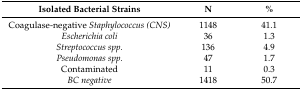
<table><thead><tr><td><b>Isolated Bacterial Strains</b></td><td><b>N</b></td><td><b>%</b></td></tr></thead><tbody><tr><td>Coagulase-negative <i>Staphylococcus (CNS)</i></td><td>1148</td><td>41.1</td></tr><tr><td><i>Escherichia coli</i></td><td>36</td><td>1.3</td></tr><tr><td><i>Streptococcus spp.</i></td><td>136</td><td>4.9</td></tr><tr><td><i>Pseudomonas spp.</i></td><td>47</td><td>1.7</td></tr><tr><td>Contaminated</td><td>11</td><td>0.3</td></tr><tr><td><i>BC negative</i></td><td>1418</td><td>50.7</td></tr></tbody></table>